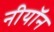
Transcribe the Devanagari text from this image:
नीयॉन